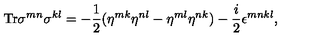
\mathrm { T r } \sigma ^ { m n } \sigma ^ { k l } = - \frac 1 2 ( \eta ^ { m k } \eta ^ { n l } - \eta ^ { m l } \eta ^ { n k } ) - \frac i 2 \epsilon ^ { m n k l } ,